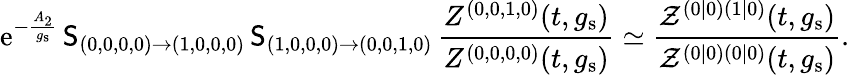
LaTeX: {\mathrm{e}}^{-\frac{A_{2}}{g_{\mathrm{s}}}}\, \mathsf{S}_{(0,0,0,0)\to(1,0,0,0)}\, \mathsf{S}_{(1,0,0,0)\to(0,0,1,0)}\, \frac{Z^{(0,0,1,0)}(t,g_{\mathrm{s}})}{Z^{(0,0,0,0)}(t,g_{\mathrm{s}})}\simeq\frac{\mathcal{Z}^{(0|0)(1|0)}(t,g_{\mathrm{s}})}{\mathcal{Z}^{(0|0)(0|0)}(t,g_{\mathrm{s}})}.